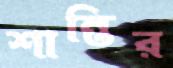
শান্তির